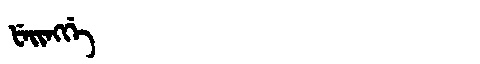
Manchu: ᡶᡝᡳᠩᡤᡝ
Romanization: FEINGGE